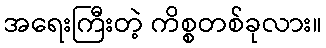
အရေးကြီးတဲ့ ကိစ္စတစ်ခုလား။